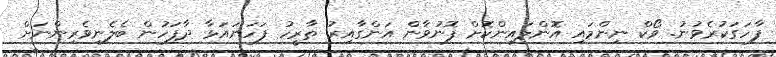
ފާހަގަކުރެވުނު. ވޯކް ނިންމައި އޮންލައިންކޮށް ފޮނުވާން އަންގާއިރު ތާރީހު ފަހަނައަޅާ ދާފަހުން ބެލެނިވެރިންނަށް